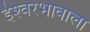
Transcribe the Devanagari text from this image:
ईश्‍वरभावाला